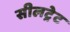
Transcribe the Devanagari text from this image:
सीलट्रेट